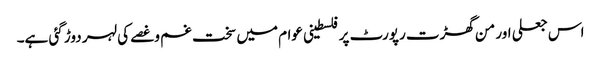
اس جعلی اور من گھڑت رپورٹ پر فلسطینی عوام میں سخت غم وغصے کی لہر دوڑ گئی ہے۔